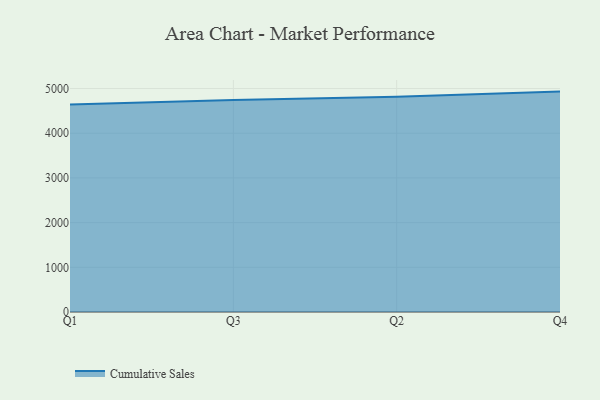
{"axis": {"x": "Quarter", "y": "Population (Million)"}, "legend": ["Cumulative Sales"], "data": [{"x": "Q1", "y": 4643.6, "type": "Cumulative Sales"}, {"x": "Q3", "y": 4740.7, "type": "Cumulative Sales"}, {"x": "Q2", "y": 4815.1, "type": "Cumulative Sales"}, {"x": "Q4", "y": 4931.0, "type": "Cumulative Sales"}]}